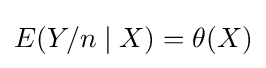
E(Y/n\mid X)=\theta (X)